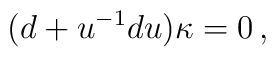
(d +u^{-1} du)\kappa=0\, ,